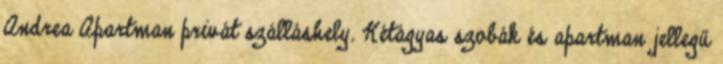
Andrea Apartman privát szálláshely. Kétágyas szobák és apartman jellegű